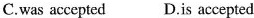
C.was accepted D.is accepted